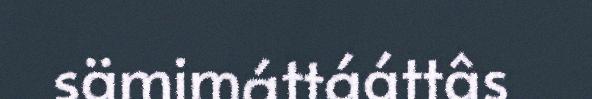
sämimáttááttâs